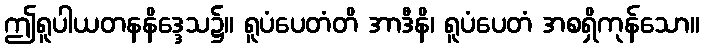
ဤရူပါယတနနိဒ္ဒေသ၌။ ရူပံပေတံတိ အာဒီနိ၊ ရူပံပေတံ အစရှိကုန်သော။